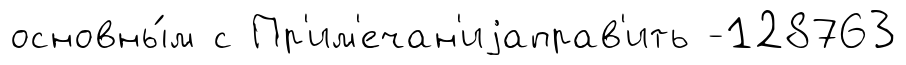
основны́м с Пр'им'ечан'иjаправ'ить -128763